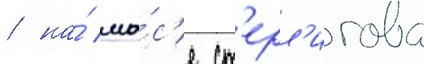
/ на́ мы́с'е ст'ерл'игова